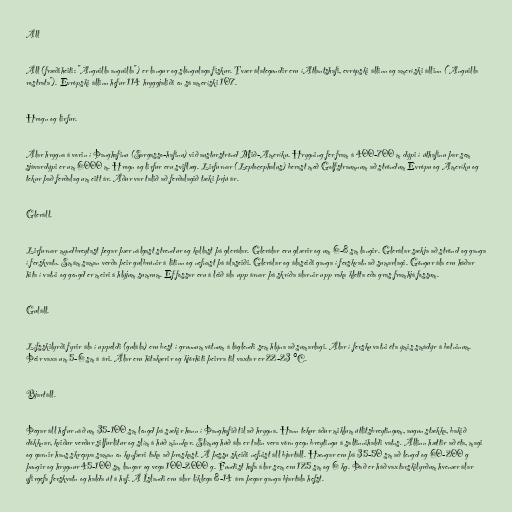
Áll

Áll (fræðiheiti: "Anguilla anguilla") er langur og slöngulaga fiskur. Tvær álategundir eru íAtlantshafi, evrópski állinn og ameríski állinn ("Anguilla
rostrata"). Evrópski állinn hefur 114 hryggjaliði en sá ameríski 107.

Hrogn og lirfur.

Álar hrygna á vorin í Þanghafinu (Sargasso-hafinu) við austurströnd Mið-Ameríku. Hrygning fer fram á 400-700 m dýpi í úthafinu þar sem
sjávardýpi er um 6000 m. Hrogn og lirfur eru sviflæg. Lirfurnar (Leptocephalus) berast með Golfstraumnum að ströndum Evrópu og Ameríku og
tekur það ferðalag um eitt ár. Áður var talið að ferðalagið tæki þrjú ár.

Gleráll.

Lirfurnar myndbreytast þegar þær nálgast strendur og kallast þá glerálar. Glerálar eru glærir og um 6-8 sm langir. Glerálar sækja að strönd og ganga
í ferskvatn. Smám saman verða þeir gulbrúnir á litinn og nefnast þá álaseiði. Glerálar og álaseiði ganga í ferskvatn að sumarlagi. Göngur ála eru háðar
hita í vatni og gengd er meiri á hlýjum sumrum. Ef fossar eru á leið ála upp árnar þá skríða álarnir upp raka kletta eða gras framhjá fossum.

Guláll.

Lífsskilyrði fyrir ála í uppeldi (gulála) eru best í grunnum vötnum á láglendi sem hlýna að sumarlagi. Álar í fersku vatni éta ýmis smádýr á botninum.
Þeir vaxa um 5-6 sm á ári. Álar eru hitakærir og kjörhiti þeirra til vaxtar er 22-23 °C.

Bjartáll.

Þegar áll hefur náð um 35-100 sm lengd þá sækir hann í Þanghafið til að hrygna. Hann tekur áður miklum útlitsbreytingum, augun stækka, bakið
dökknar, kviður verður silfurlitur og slím á húð minnkar. Slímug húð ála er talin vera vörn gegn breytingu á saltinnihaldi vatns. Állinn hættir að éta, magi
og garnir hans skreppa saman en kynfæri taka að þroskast. Á þessu skeiði nefnist áll bjartáll. Hængar eru þá 35-50 sm að lengd og 60-200 g
þungir og hrygnur 45-100 sm langar og vega 100-2000 g. Fundist hafa álar sem eru 125 sm og 6 kg. Það er háð vaxtarskilyrðum hvenær álar
yfirgefa ferskvatn og halda út á haf. Á Íslandi eru álar líklega 8-14 ára þegar ganga bjartála hefst.